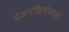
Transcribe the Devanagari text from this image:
भंजनक्रियेमध्ये